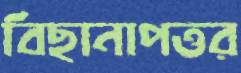
বিছানাপত্তর